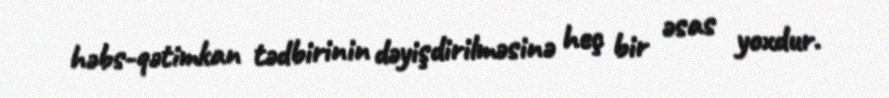
həbs-qətimkan tədbirinin dəyişdirilməsinə heç bir əsas yoxdur.